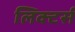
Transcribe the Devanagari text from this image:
लिक्टर्स